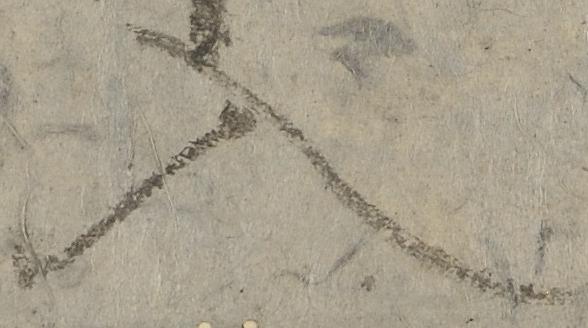
入